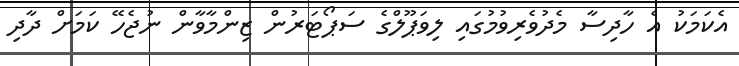
އެކަމަކު އެ ހާދިސާ މެދުވެރިވުމުގައި ލިވަޕޫލްގެ ސަޕޯޓަރުން ޒިންމާވާން ނުޖެހޭ ކަމަށް ދާދި